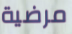
مرضية